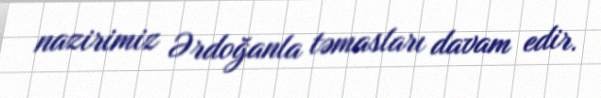
nazirimiz Ərdoğanla təmasları davam edir.